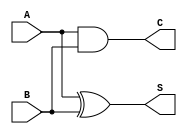
module Conditional_Half_Adder (
    input wire A,      // Input 1
    input wire B,      // Input 2
    output wire S,     // Sum output
    output wire C      // Carry output
);

// Logic for Sum (S) and Carry (C)
assign S = A ^ B;    // Sum is the XOR of A and B
assign C = A & B;    // Carry is the AND of A and B

endmodule